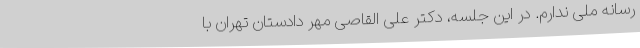
رسانه ملی ندارم. در این جلسه، دکتر علی القاصی مهر دادستان تهران با